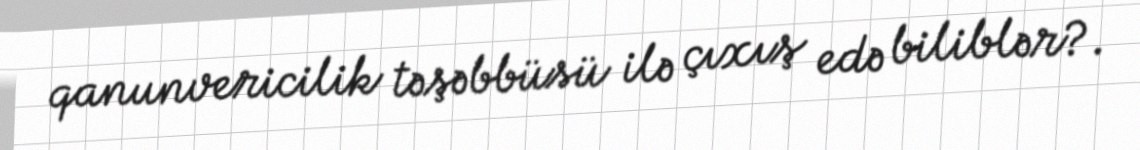
qanunvericilik təşəbbüsü ilə çıxış edə biliblər?.